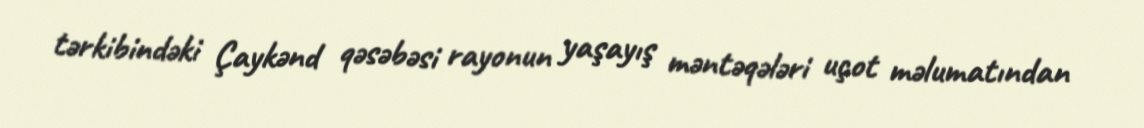
tərkibindəki Çaykənd qəsəbəsi rayonun yaşayış məntəqələri uçot məlumatından